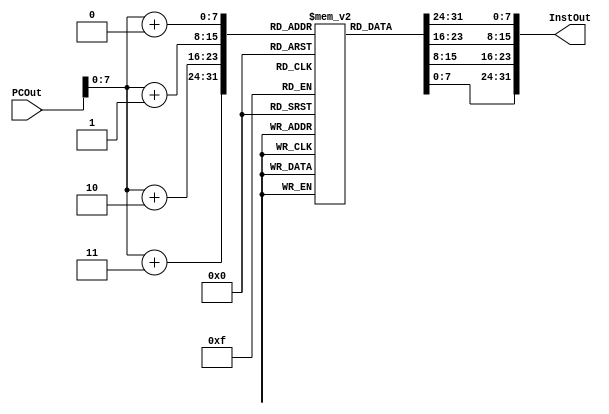
`timescale 1ns / 1ps

module Instruction_Memory(PCOut, InstOut);
	input [63:0] PCOut;
	output  [31:0] InstOut;
	reg [7:0] IM [0:255];
		 assign InstOut = {IM[PCOut+0], IM[PCOut+1], IM[PCOut+2], IM[PCOut+3]};
	initial
	begin
		// Load First Value
		IM[0] = 8'hF8; 
		IM[1] = 8'h40; 
		IM[2] = 8'h00; 
		IM[3] = 8'h01; 
		// Load Second Value
		IM[4] = 8'hF8; 
		IM[5] = 8'h40; 
		IM[6] = 8'h80; 
		IM[7] = 8'h02; 
		//ADD
		IM[8] = 8'h8B; 
		IM[9] = 8'h01; 
		IM[10] = 8'h00; 
		IM[11] = 8'h43; 
	
		// Store ADD
		IM[12] = 8'hF8; //11111000
		IM[13] = 8'h01; //00000000
		IM[14] = 8'h00; //10000000
		IM[15] = 8'h03; //00000001
		/*
											DM Ades				 RF adres
		               Opcode      Address   00 RN    RD
		  					1986			0,8		 00 00    1,2
		  IM[0] = 32'b 11111000010_000000000_00_00000_00001; // Load from DM 0-7 store in Reg 1
							11111000	01000000	00000000	00000001
							F8			40			00			01
		  IM[1] = 32'b 11111000010_000001000_00_00000_00010; // Load from Dm 8-16 store in Reg 2
							11111000	01000000	10000000	00000010
							F8			40			80			02
		  //---------------------------------------------------------------------
											20-16        1      4-0
											2				 1		 3
		    	   		Opcode      RM	   Shamt	 RN	 RT
		               X           10     0     0     1
		  IM[2] = 32'b 10001011000_00001_000000_00011_00010; // add reg 1 and reg 2 store in reg 3
							10001011 00000001 00000000 01000011
							8b			01			00			43  
		  //---------------------------------------------------------------------
		   				Opcode       Address	00 RN	  RT
		               1984			 16		0  0	   3
		  IM[6] = 32'b 11111000000_00010000_00_00000_00011;  // read reg 0 and 3 store in dm16
							11111000 00000010 00000000 0000011
							F8			02			00			03
							

		*/
	end
	
endmodule